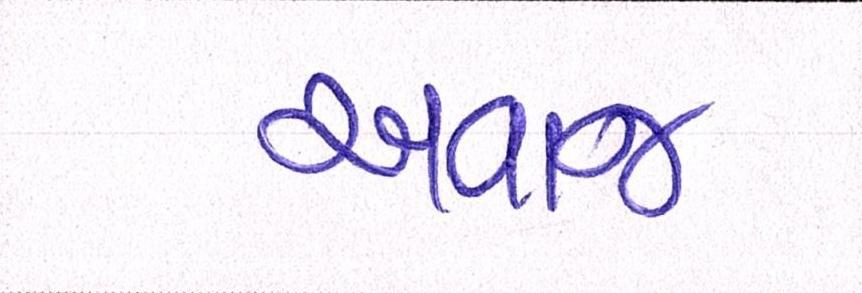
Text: અવાજ